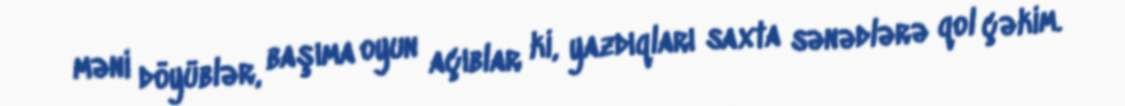
məni döyüblər, başıma oyun açıblar ki, yazdıqları saxta sənədlərə qol çəkim.